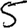
Digit: 5